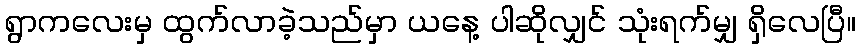
ရွာကလေးမှ ထွက်လာခဲ့သည်မှာ ယနေ့ ပါဆိုလျှင် သုံးရက်မျှ ရှိလေပြီ။